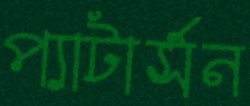
প্যাটার্সন